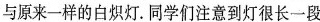
与原来一样的白炽灯。同学们注意到灯很长一段